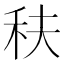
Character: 䄮